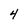
Character: 4